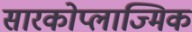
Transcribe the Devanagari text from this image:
सारकोप्लाज्मिक